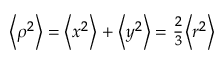
\scriptstyle \left\langle \rho ^ { 2 } \right\rangle \; = \; \left\langle x ^ { 2 } \right\rangle \; + \; \left\langle y ^ { 2 } \right\rangle \; = \; { \frac { 2 } { 3 } } \left\langle r ^ { 2 } \right\rangle